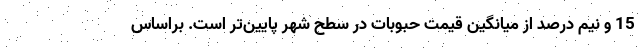
15 و نیم درصد از میانگین قیمت حبوبات در سطح شهر پایین‌تر است. براساس